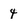
Character: 4